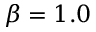
\beta = 1 . 0